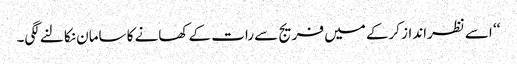
‘‘ اسے نظرانداز کرکے میں فریج سے رات کے کھانے کا سامان نکالنے لگی۔